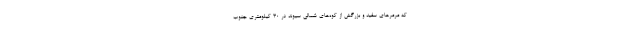
که مرمرهای سفید و بزرگش از کوه‌های شمالی سیوند در ۳۰ کیلومتری جنوب